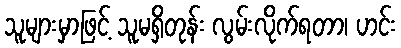
သူများမှာဖြင့် သူမရှိတုန်း လွမ်းလိုက်ရတာ၊ ဟင်း